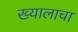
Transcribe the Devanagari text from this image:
ख्यालाचा